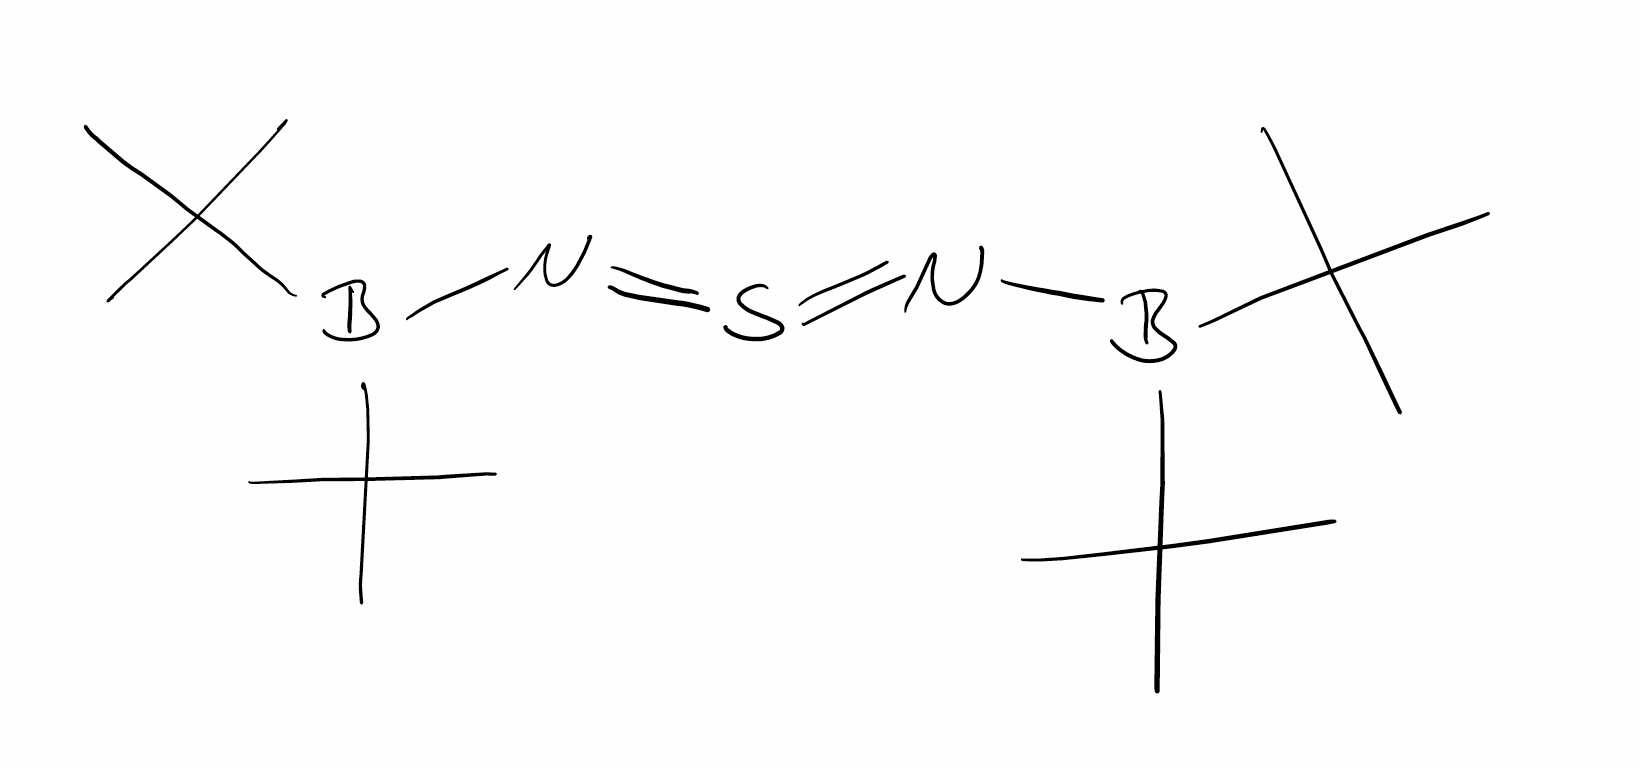
Simplified molecular-input line-entry system (SMILES) notation of the given molecule:
B(C(C)(C)C)(C(C)(C)C)N=S=NB(C(C)(C)C)C(C)(C)C